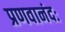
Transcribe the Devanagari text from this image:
प्रणवानंदः